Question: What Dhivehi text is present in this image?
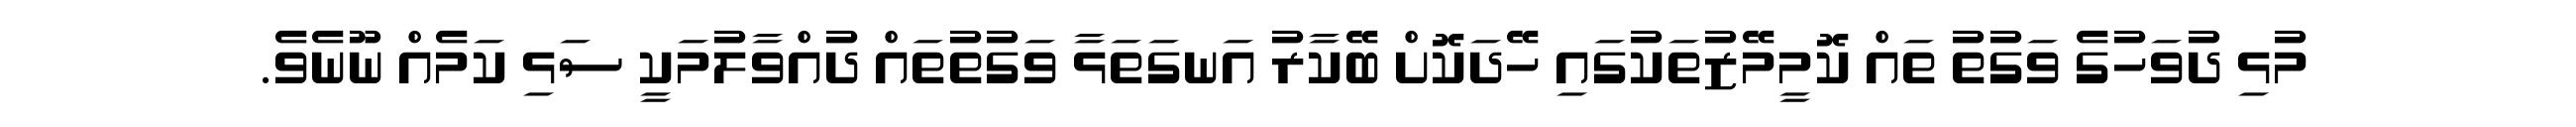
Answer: މުޅި ދުވަހުގެ ވަގުތު ތައް ކޮމީމޭޒުތަކުގައި ހޭދަކޮށް ބޭކާރު އަނގަތަޅާ ވަގުތުތައް ދުއްވާލުމަކީ ސަޅި ކަމެއް ނޫނެވެ.